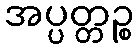
အပ္ပတ္တဉ္စ